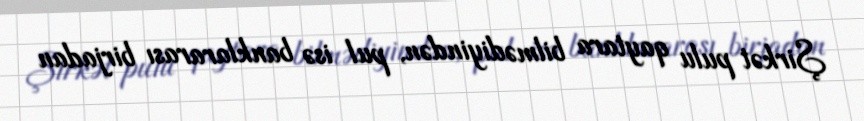
Şirkət pulu qaytara bilmədiyindən, pul isə banklararası birjadan